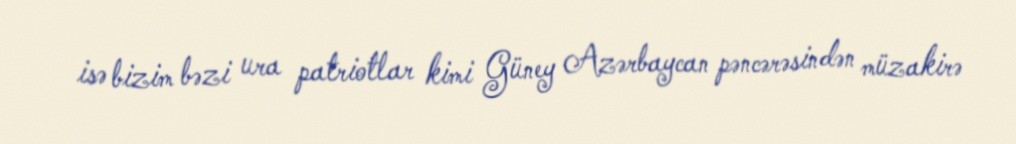
isə bizim bəzi ura patriotlar kimi Güney Azərbaycan pəncərəsindən müzakirə